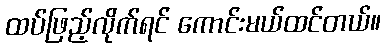
ထပ်ဖြည့်လိုက်ရင် ကောင်းမယ်ထင်တယ်။